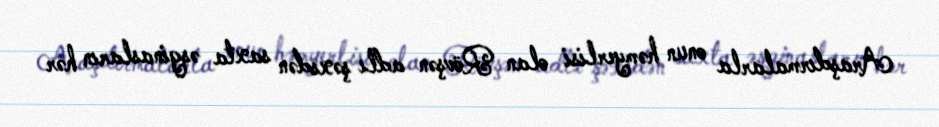
Araşdırmalarla onun həmyerlisi olan Rövşən adlı şəxsdən saxta əsginasların hər